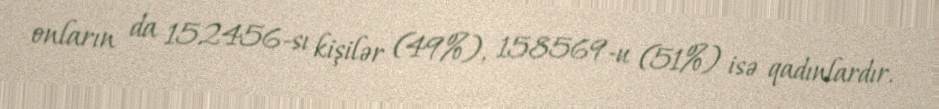
onların da 152456-sı kişilər (49%), 158569-u (51%) isə qadınlardır.